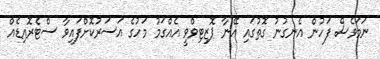
ނަމަވެސް ފަހުން އެނގުނު ގޮތުގައި އޭނާ ޕޮޒިޓިވްވީ އެއްގަމު މަހުގެ އަސަރުކޮށްފައިވާ ސްޓެރޮއިޑެއް